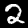
Digit: 2